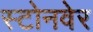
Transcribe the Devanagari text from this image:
स्टोनवेर